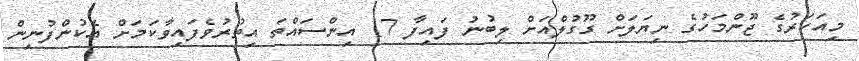
މިއަހަރުގެ ޖޫންމަހުގެ ނިޔަލަށް ގޫގުލްއަށް ލިބުނު ފައިފާ 17 އިންސައްތަ އިތުރުވެފައިވާކަމަށް އެކުންފުނިން